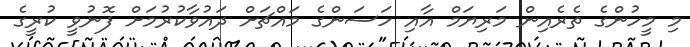
މި މީހުންގެ ތެރެއިން މަރިޔަމް އާއި ހަސަންގެ މައްޗަށް ދައުވާކުރުމަށް ފޮނުވީ ކުރީގެ